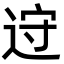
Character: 䢘